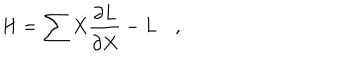
H = \sum \dot { X } \frac { \partial L } { \partial \dot { X } } - L \quad ,